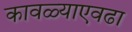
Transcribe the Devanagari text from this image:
कावळ्याएवढा